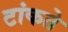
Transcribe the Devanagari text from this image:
टांकते